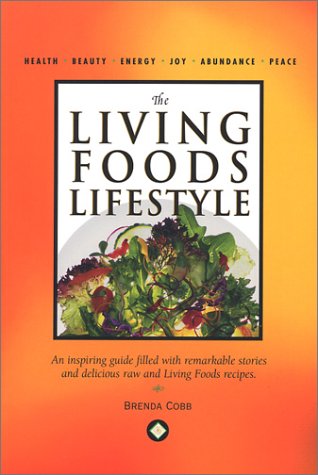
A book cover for The Living Foods Lifestyle; Brenda Cobb; Cookbooks, Food & Wine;